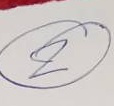
2